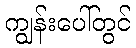
ကျွန်းပေါ်တွင်